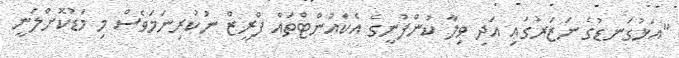
"އަޅުގަނޑުގެ ނަޒަރުގައި އަދި ވިލާ ކުންފުނީގެ އެކައުންޓްތައް ފްރީޒް ނުކުރިނަމަވެސް މި މަޑުކޮށްލަނީ